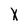
Character: X